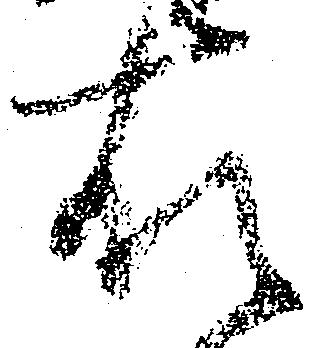
右